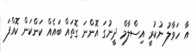
އާ ހަވާލު ނުކުރީ އިސްލާމް ދީނުގަ އޮންނަ ގޮތައް ބައެއް ކަންކަން ކޮއްފަ